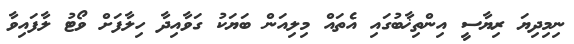
ނިމިދިޔަ ރިޔާސީ އިންތިޚާބުގައި އެތައް މިލިއަން ބަޔަކު ގަވާއިދާ ހިލާފަށް ވޯޓު ލާފައިވާ